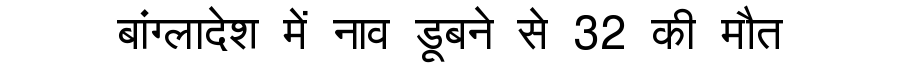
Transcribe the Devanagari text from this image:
बांग्लादेश में नाव डूबने से 32 की मौत